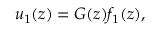
\begin{array} { r } { u _ { 1 } ( z ) = G ( z ) f _ { 1 } ( z ) , } \end{array}